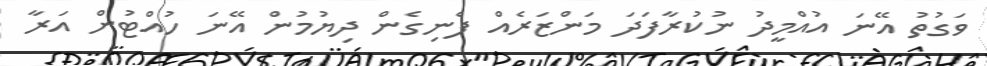
ވަގުތު އޭނަ އުއްމީދު ނުކުރާފަދަ މަންޒަރެއް ފެނިގެން ދިޔުމުން އޭނަ ހުއްޓުން އަރާ